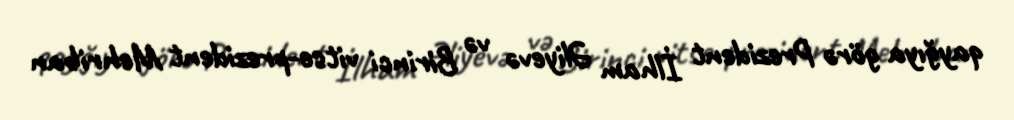
qayğıya görə Prezident İlham Əliyevə və Birinci vitse-prezident Mehriban